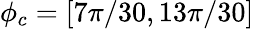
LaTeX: \phi_{c}=[7\pi/30,13\pi/30]